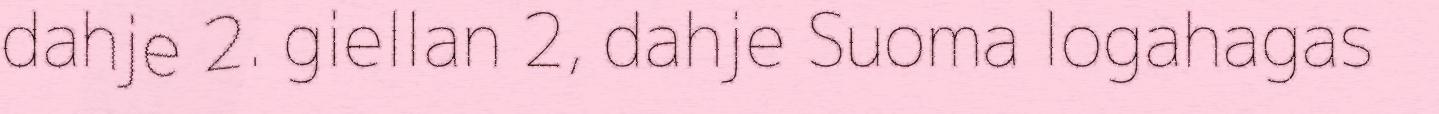
dahje 2. giellan 2, dahje Suoma logahagas